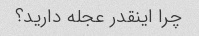
چرا اینقدر عجله دارید؟